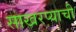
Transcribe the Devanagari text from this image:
साखरप्याची